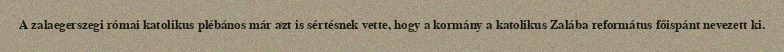
A zalaegerszegi római katolikus plébános már azt is sértésnek vette, hogy a kormány a katolikus Zalába református főispánt nevezett ki.